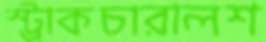
স্ট্রাকচারালশ